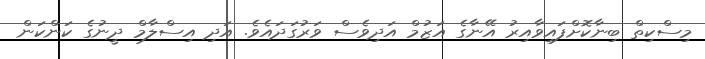
މިސްކިތް ބިނާކޮށްފައިވާއިރު އޭނާގެ އަޒުމް އަދިވެސް ވަރުގަދައެވެ. އަދި އިސްލާމް ދީނުގެ ކަންކަން